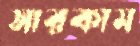
সারকাম